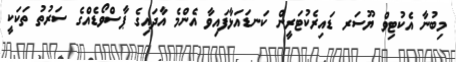
މިބުނާ އެކުޓިވް ޔޫސަރ ޑައިރެކުޓަރީން ކަނޑައަޅާފައިވާ އެންމެ އާދައިގެ ޕާސްވޯޑެއްގެ ސަރުތު ތަކަކީ